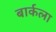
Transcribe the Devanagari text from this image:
बार्कला